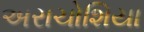
અરાચોશિયા